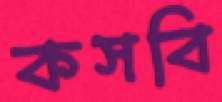
কসবি